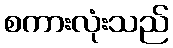
စကားလုံးသည်